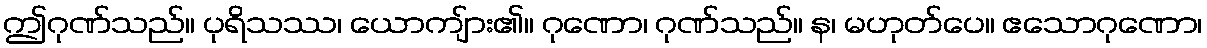
ဤဂုဏ်သည်။ ပုရိသဿ၊ ယောကျ်ား၏။ ဂုဏော၊ ဂုဏ်သည်။ န၊ မဟုတ်ပေ။ ဧသောဂုဏော၊